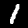
Label: 1